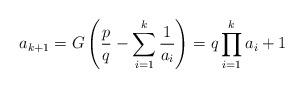
LaTeX: \begin{align*}a_{k+1} = G\left( \frac{p}{q} - \sum_{i=1}^k \frac{1}{a_i}\right) = q\prod_{i=1}^k a_i + 1\end{align*}